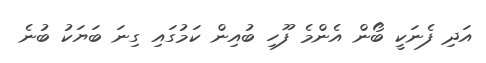
އަދި ފެނަކީ ބޯން އެންމެ ފޫހި ބުއިން ކަމުގައި ގިނަ ބަޔަކު ބުނެ